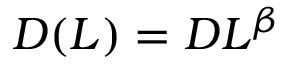
D ( L ) = D L ^ { \beta }